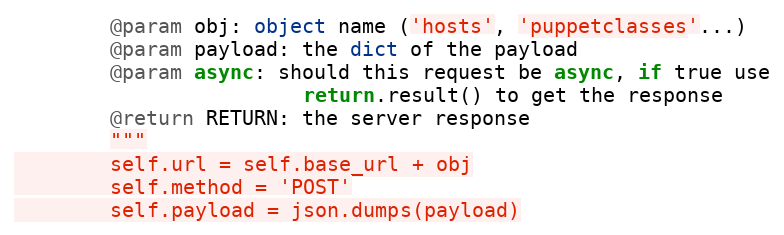
Language: Python
        @param obj: object name ('hosts', 'puppetclasses'...)
        @param payload: the dict of the payload
        @param async: should this request be async, if true use
                        return.result() to get the response
        @return RETURN: the server response
        """
        self.url = self.base_url + obj
        self.method = 'POST'
        self.payload = json.dumps(payload)